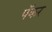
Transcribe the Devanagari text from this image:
पॅकर